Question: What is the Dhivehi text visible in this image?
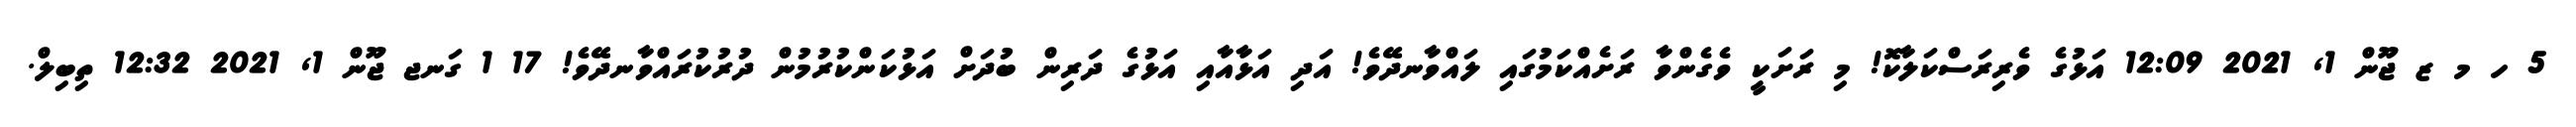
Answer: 5 ހ މ ޒ ޖޫން 1, 2021 12:09 އަޅުގެ ވެރިރަސްކަލާކޮ! މި ރަށަކީ ވެގެންވާ ރަށެއްކަމުގައި ލައްވާނދޭވެ! އަދި އަޅާއާއި އަޅުގެ ދަރިން ބުދަށް އަޅުކަންކުރުމުން ދުރުކުރައްވާނދޭވެ! 17 1 ގަނޖ ޖޫން 1, 2021 12:32 ތިބިލް.